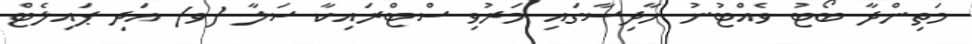
މަތިންދާ ބޯޓު ވެއްޓުނު ހާދިސާގައި މަރުވި ސްޓްރައިކާ ސަލާ (ވ) އަދި ޕައިލެޓް